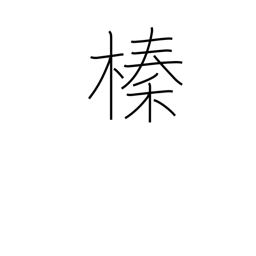
Meaning: hazelnut